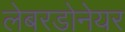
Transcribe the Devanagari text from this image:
लेबरडोनेयर